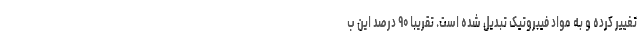
تغییر کرده و به مواد فیبروتیک تبدیل شده است. تقریبا ۹۰ درصد این ب